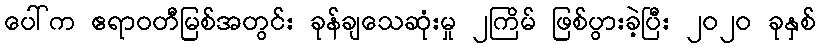
ပေါ်က ဧရာဝတီမြစ်အတွင်း ခုန်ချသေဆုံးမှု ၂ကြိမ် ဖြစ်ပွားခဲ့ပြီး ၂၀၂၀ ခုနှစ်